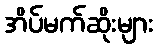
အိပ်မက်ဆိုးများ